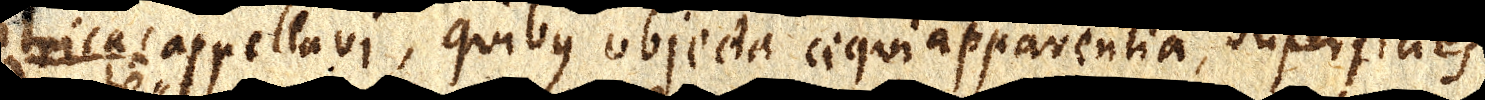
ptricas appellavi, quibus objecta aequiapparentia, superficies